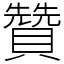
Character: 贊